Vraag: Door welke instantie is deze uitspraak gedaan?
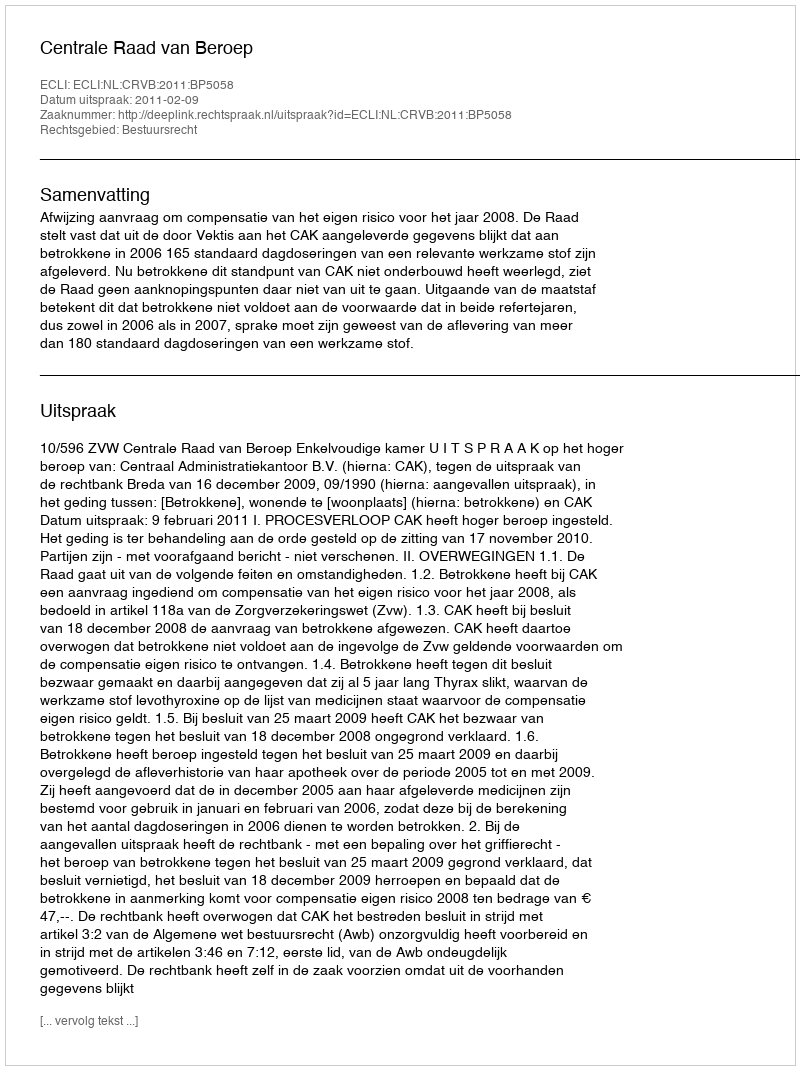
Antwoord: Centrale Raad van Beroep